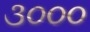
૩૦૦૦